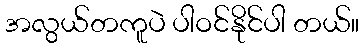
အလွယ်တကူပဲ ပါဝင်နိုင်ပါ တယ်။